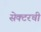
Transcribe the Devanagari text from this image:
सेक्टरची